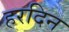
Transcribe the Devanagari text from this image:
हरदिन